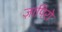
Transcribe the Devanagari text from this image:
ज़ापिरो